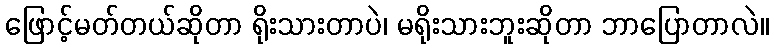
ဖြောင့်မတ်တယ်ဆိုတာ ရိုးသားတာပဲ၊ မရိုးသားဘူးဆိုတာ ဘာပြောတာလဲ။